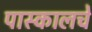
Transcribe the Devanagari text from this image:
पास्कालचे